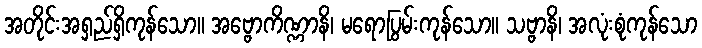
အတိုင်းအရှည်ရှိကုန်သော။ အဗ္ဗောကိဏ္ဏာနိ၊ မရောပြွမ်းကုန်သော။ သဗ္ဗာနိ၊ အလုံးစုံကုန်သော